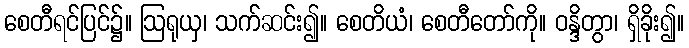
စေတီရင်ပြင်၌။ ဩရုယှ၊ သက်ဆင်း၍။ စေတိယံ၊ စေတီတော်ကို။ ဝန္ဒိတွာ၊ ရှိခိုး၍။